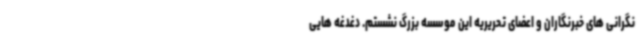
نگرانی های خبرنگاران و اعضای تحریریه این موسسه بزرگ نشستم. دغدغه هایی